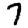
Digit: 7